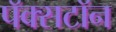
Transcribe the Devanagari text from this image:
पॅक्सटॉन